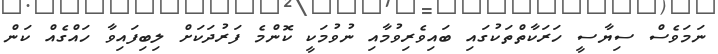
ނަމަވެސް ސިޔާސީ ހަރަކާތްތަކުގައި ބައިވެރިވުމާއި ނުވުމަކީ ކޮންމެ ފަރުދަކަށް ލިބިފައިވާ ހައްގެއް ކަން